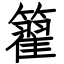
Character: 籊